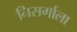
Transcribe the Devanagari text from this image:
निसर्गाला